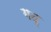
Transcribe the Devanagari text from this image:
गदृ